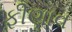
ફીણાવ